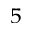
^ 5